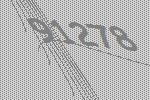
91278